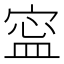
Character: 寍